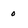
Character: 0